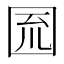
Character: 𡇗